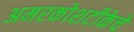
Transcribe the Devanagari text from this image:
अमरकोशटीकेचे